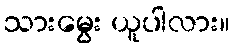
သားမွေး ယူပါလား။